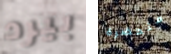
بيرد متحضرة